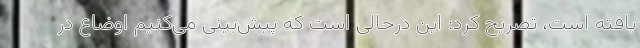
یافته است، تصریح کرد: این درحالی است که پیش‌بینی می‌کنیم اوضاع در